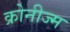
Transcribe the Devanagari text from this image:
क्रोनीज्म